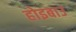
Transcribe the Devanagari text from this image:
होइबाउ